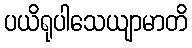
ပယိရုပါသေယျာမာတိ